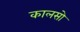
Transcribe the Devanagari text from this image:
कालसो